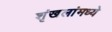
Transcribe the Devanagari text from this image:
शृंखलांमध्ये